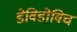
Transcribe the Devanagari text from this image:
डेविडोविच